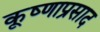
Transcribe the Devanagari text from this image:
कृ्ष्णाप्रसाद